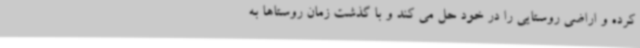
کرده و اراضی روستایی را در خود حل می کند و با گذشت زمان روستاها به